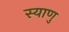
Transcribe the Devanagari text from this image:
स्याणु